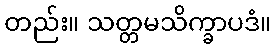
တည်း။ သတ္တမသိက္ခာပဒံ။